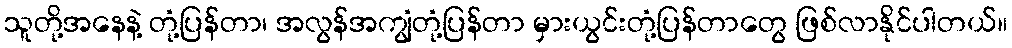
သူတို့အနေနဲ့ တုံ့ပြန်တာ၊ အလွန်အကျွံတုံ့ပြန်တာ မှားယွင်းတုံ့ပြန်တာတွေ ဖြစ်လာနိုင်ပါတယ်။